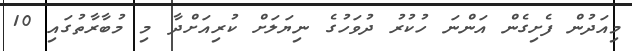
މިއަދުން ފެށިގެން އަންނަ ހުކުރު ދުވަހުގެ ނިޔަލަށް ކުރިއަށްދާ މި މުބާރާތުގައި 10